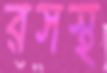
রসস্থ